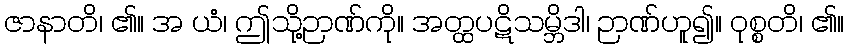
ဇာနာတိ၊ ၏။ အ ယံ၊ ဤသို့ဉာဏ်ကို။ အတ္ထပဋိသမ္ဘိဒါ၊ ဉာဏ်ဟူ၍။ ဝုစ္စတိ၊ ၏။